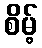
စိမ့်